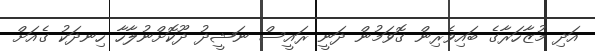
އަދި މުޒާހަރާގެ ބައިވެރިން ގޮވަމުން ދަނީ ރައީސް ނަޝީދު ދޫކޮށްނުލާހާ ހިނދަކު ގެއަށް